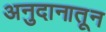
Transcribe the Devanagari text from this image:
अनुदानातून